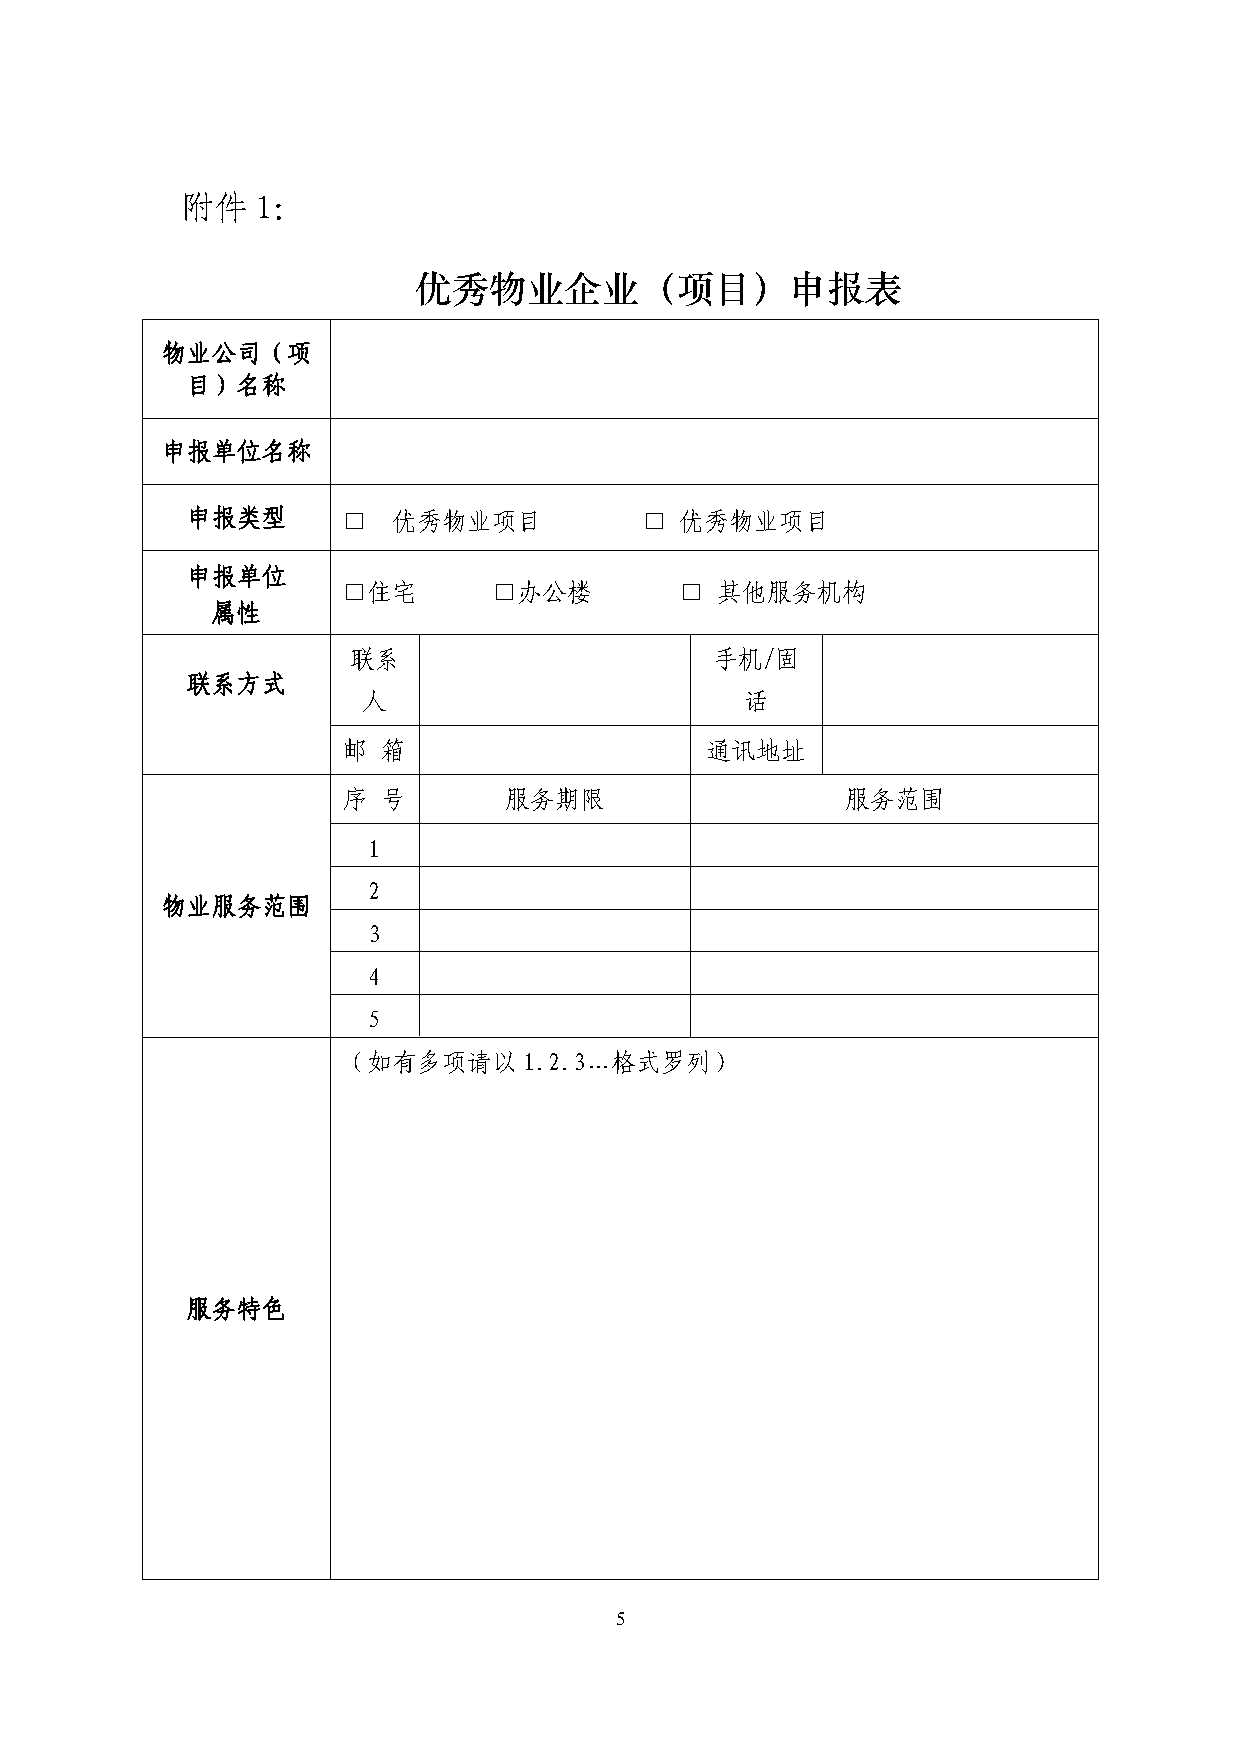
附件   1：
 优秀物业企业（项目）申报表
 物业公司（项
 目）名称
 申报单位名称
 申报类型       □  优秀物业项目          □  优秀物业项目
 申报单位
 □住宅       □办公楼        □ 其他服务机构
 属性
 联系                      手机/固
 联系方式
 人                        话
 邮 箱                     通讯地址
 序 号       服务期限                   服务范围
 1
 2
 物业服务范围
 3
 4
 5
 （如有多项请以1.2.3…格式罗列）
 服务特色
 5